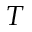
T